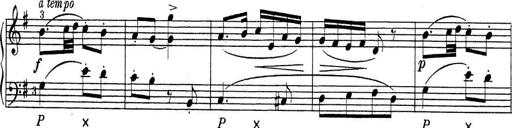
Title: ÄŒeskÃ© Sonatiny
Composer: Various